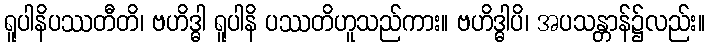
ရူပါနိပဿတီတိ၊ ဗဟိဒ္ဓါ ရူပါနိ ပဿတိဟူသည်ကား။ ဗဟိဒ္ဓါပိ၊ အပသန္တာန်၌လည်း။